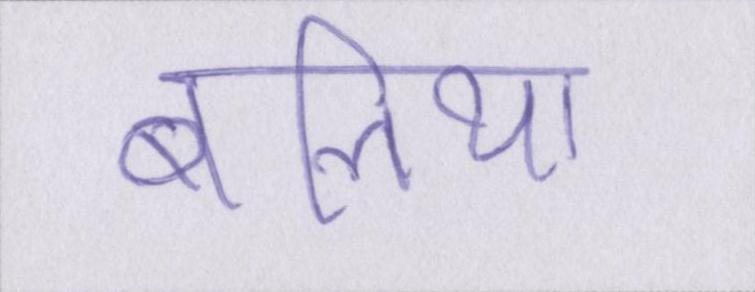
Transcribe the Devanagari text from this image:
बलिया